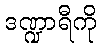
ဒဏ္ဍာရီကို